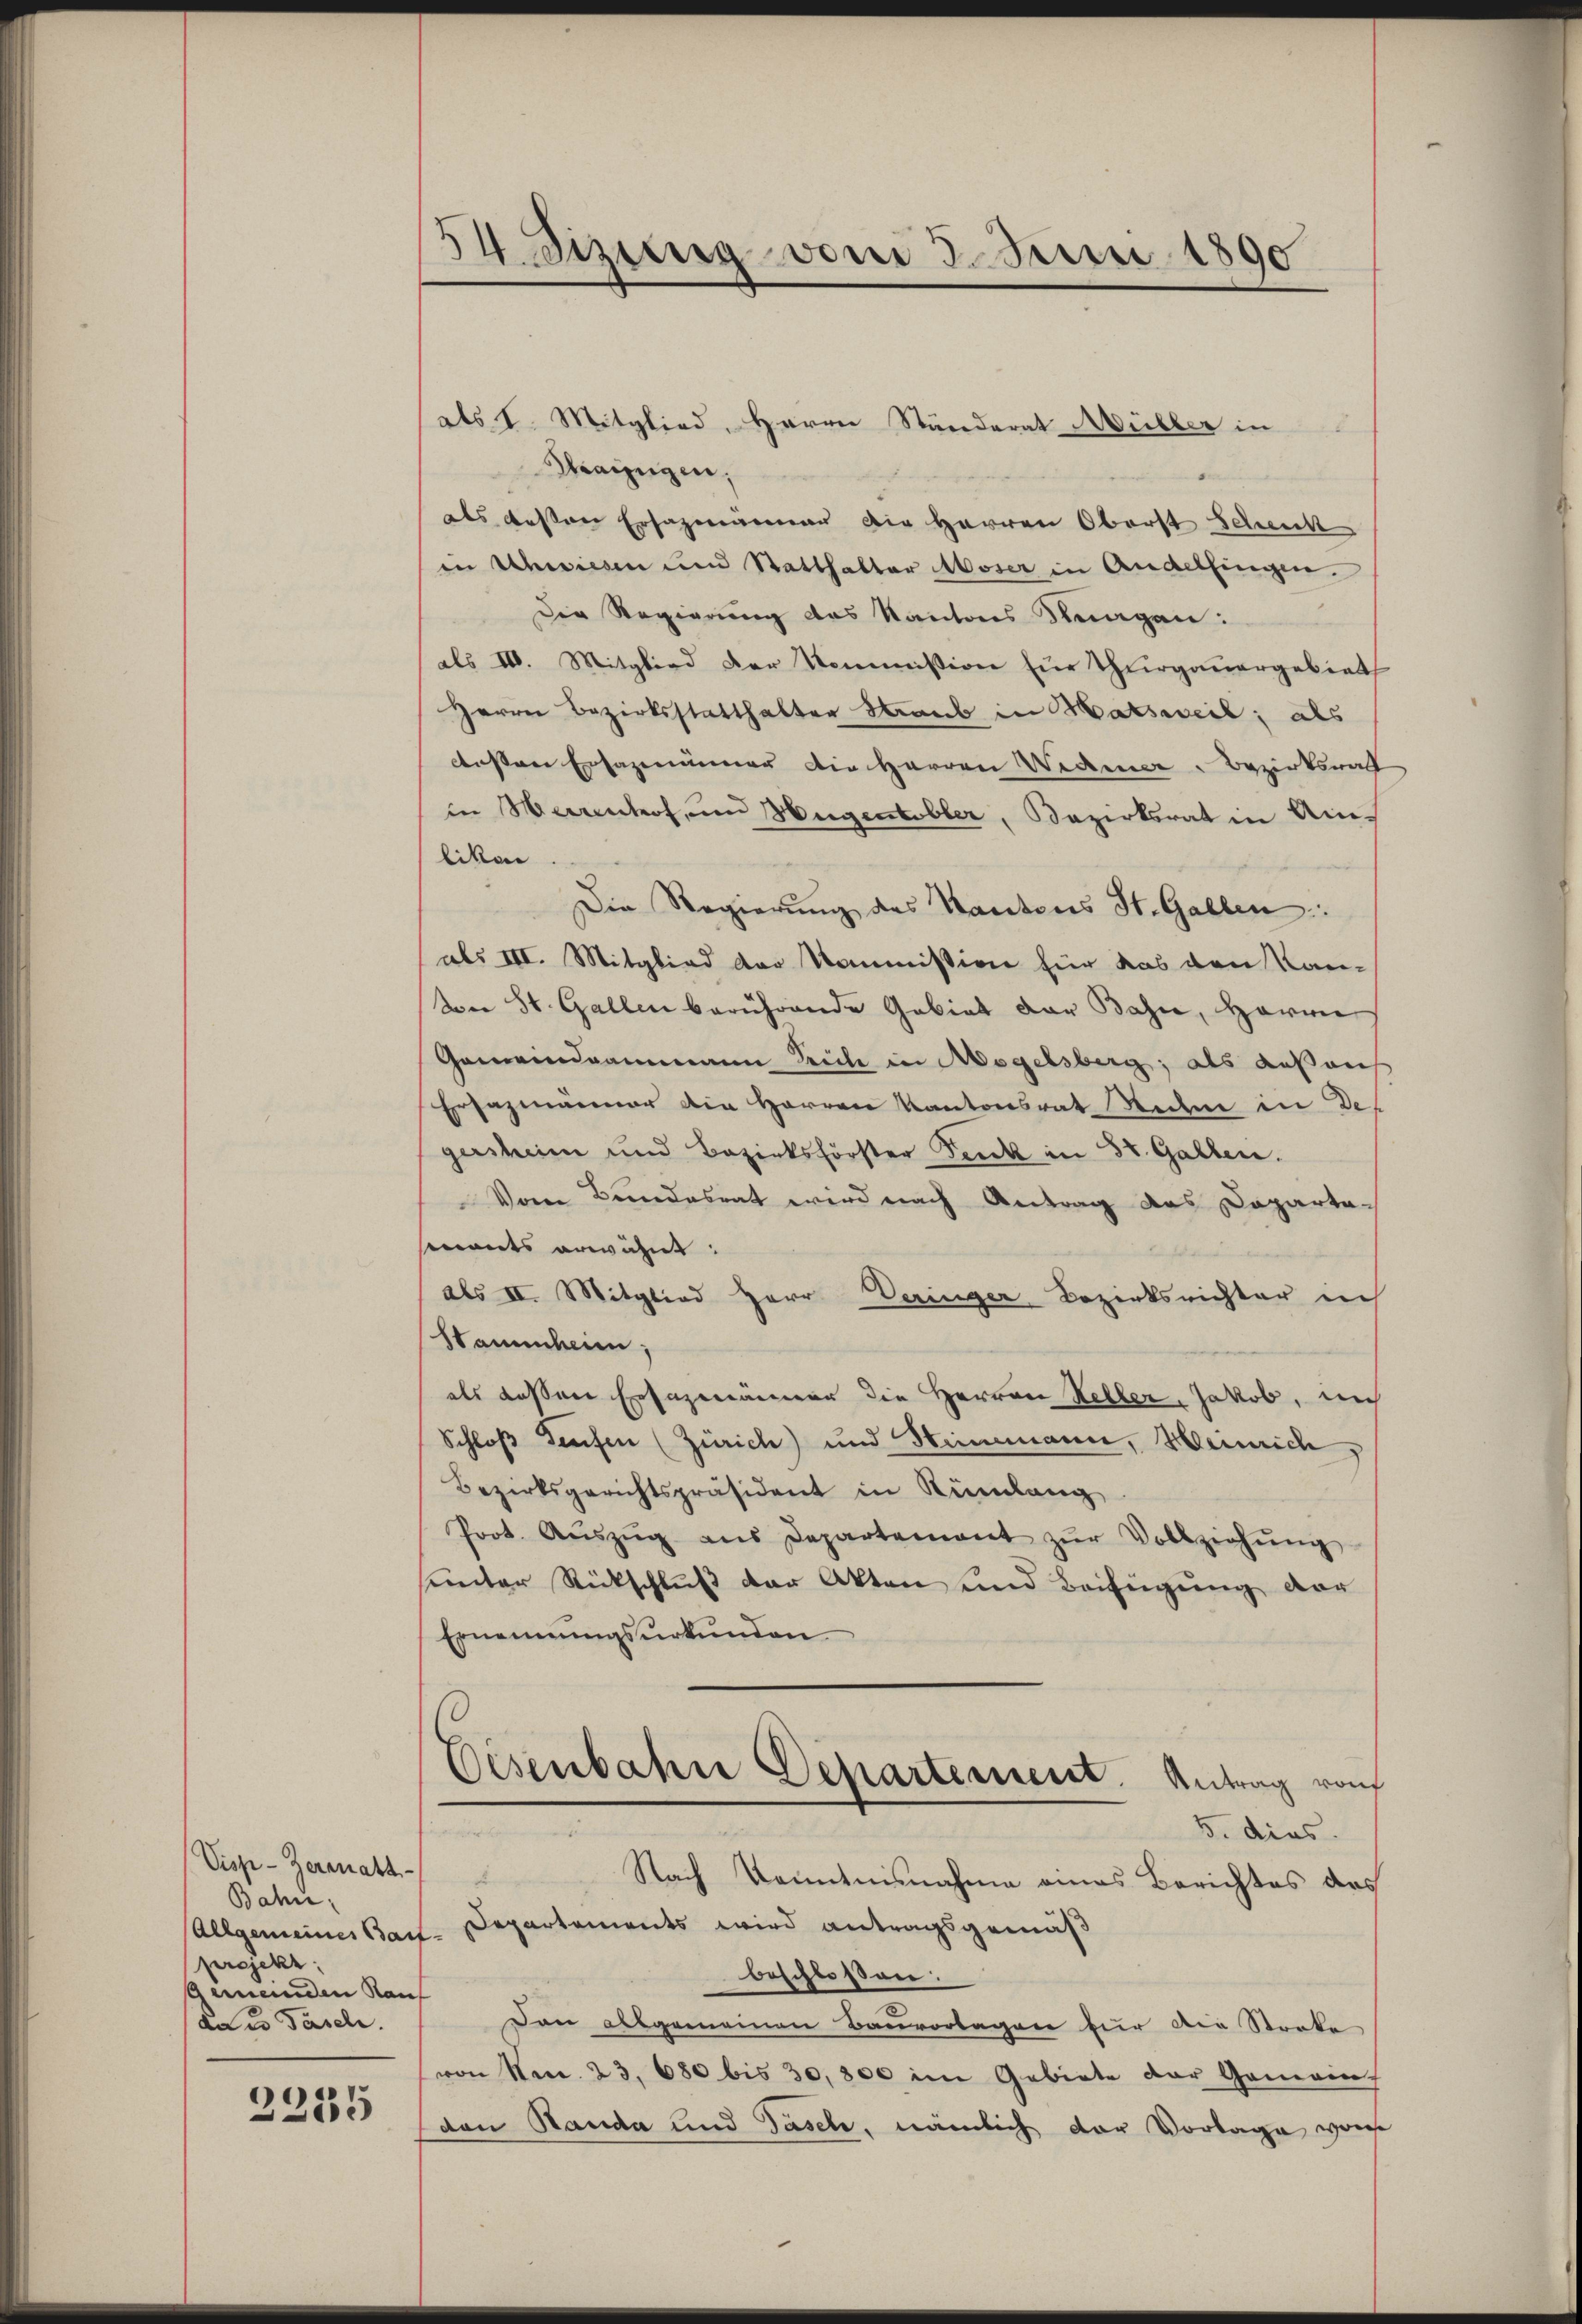
Visp-Zermatt-
Bahn,
(Allgemeines Bauf
projekt.
gemeinden Rauf
Daus Pasch.

2255

34. Dezung vom 3. Juni 1890

als I. Mitglied, Herrn Ständerat Müller in
E
Maizngen.
als dessen Ersazmänner die Herren Oberst Schenk
in Schwiesen und Statthalter Moser in Andelfingen.
Die Regierung des Kantons Stragen:
als III. Mitglied der Kommission für Thurgauergebiet
Herrn Bezirksstatthalter Staub in Matsweil; als
essen Ersazenimmer die Herren Widmer. Bezirksrath
in Herrenhof, und Hugentobler, Bezirksrat in Amlikon
Die Regierung des Kantons St. Gallen:
als III. Mitglied der Kommission für das den Kan-
von St. Gallen berührende Gebiet der Bahn, Herrn
Gemeindammann Reich in Magelsberg, als außenh
Ersazmänner die Herren Kantonsrat Redne in des
gersheim und Bezirksförster Denk in St. Gallen.
Vom Bundesrat wird nach Antrag das Daparta-
mants erwähnt:
als III. Mitglied Herr Veringer Bezirksrichter in
Stammheim,
als dassen Ersezmänner die Herren Heller, Jakob, in
Schloß Teufen (Zürich) und Stimmmann, Harnich
Bezirksgerichtspräsident in Rümlang
Prot. Aŭszŭg ans Departement zŭr Vollziehŭng
einter Rückschluß der Akten und Beifügung der
Ernennungsurkunden
Eisenbahn Departement.
Antrag rof
5. dies
d
Nach Kenntnisnahme eines Berichtes des
Departements wird antragsgemäß
beschloßen:
Den allgemeinen Bauvorlagere für die Streke
von Nan. 23. 680 bis 30,800 im Gebiete der Gemein-
den Banda und Tasch, nämlich der Vorlage vom